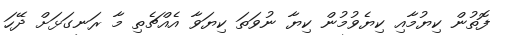
ފޮތުން ކިޔުމާއި ކިޔެވުމުން ކިޔާ ނުވަތަ ކިޔަވާ އެއްޗެތި މާ ރަނގަޅަށް ދޭހަ